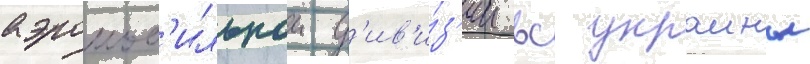
аэромоб'ильнои д'ив'и́з'ии вс украины